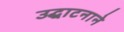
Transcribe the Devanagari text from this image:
उद्घाटनाने